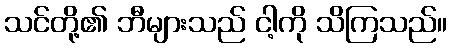
သင်တို့၏ ဘီများသည် ငါ့ကို သိကြသည်။